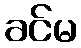
ခင်မ